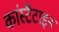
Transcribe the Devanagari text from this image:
कांस्टैटाइन